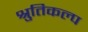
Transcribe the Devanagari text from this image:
श्रुतिकल्प